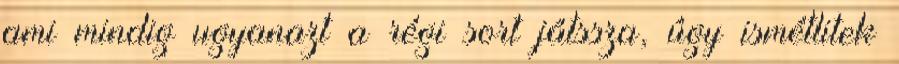
ami mindig ugyanazt a régi sort játssza, úgy ismétlitek